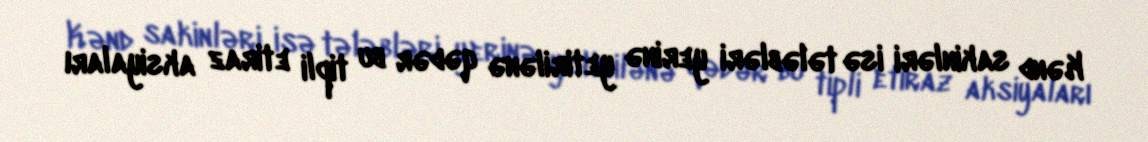
Kənd sakinləri isə tələbləri yerinə yetirilənə qədər bu tipli etiraz aksiyaları